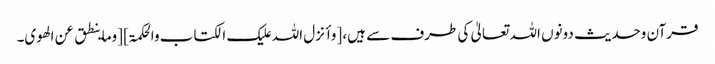
قرآن وحدیث دونوں اللہ تعالیٰ کی طرف سے ہیں، [وأنزل اللہ علیک الکتاب والحکمۃ] [وماینطق عن الھوی۔